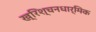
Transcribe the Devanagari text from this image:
ख्रिश्चनधार्मिक